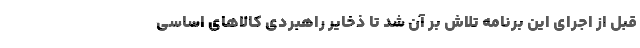
قبل از اجرای این برنامه تلاش بر آن شد تا ذخایر راهبردی کالاهای اساسی